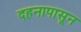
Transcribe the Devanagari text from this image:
दहनापासून